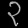
Digit: ၃